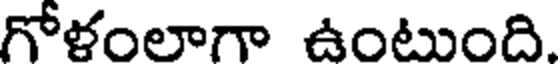
గోళంలాగా ఉంటుంది.